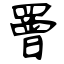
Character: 罾